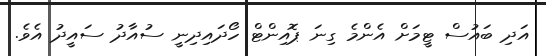
އަދި ބައުސް ޓީމަށް އެންމެ ގިނަ ޕޮއިންޓް ހޯދައިދިނީ ސުއާދު ސައީދު އެވެ.